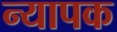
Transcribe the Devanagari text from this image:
न्यापक